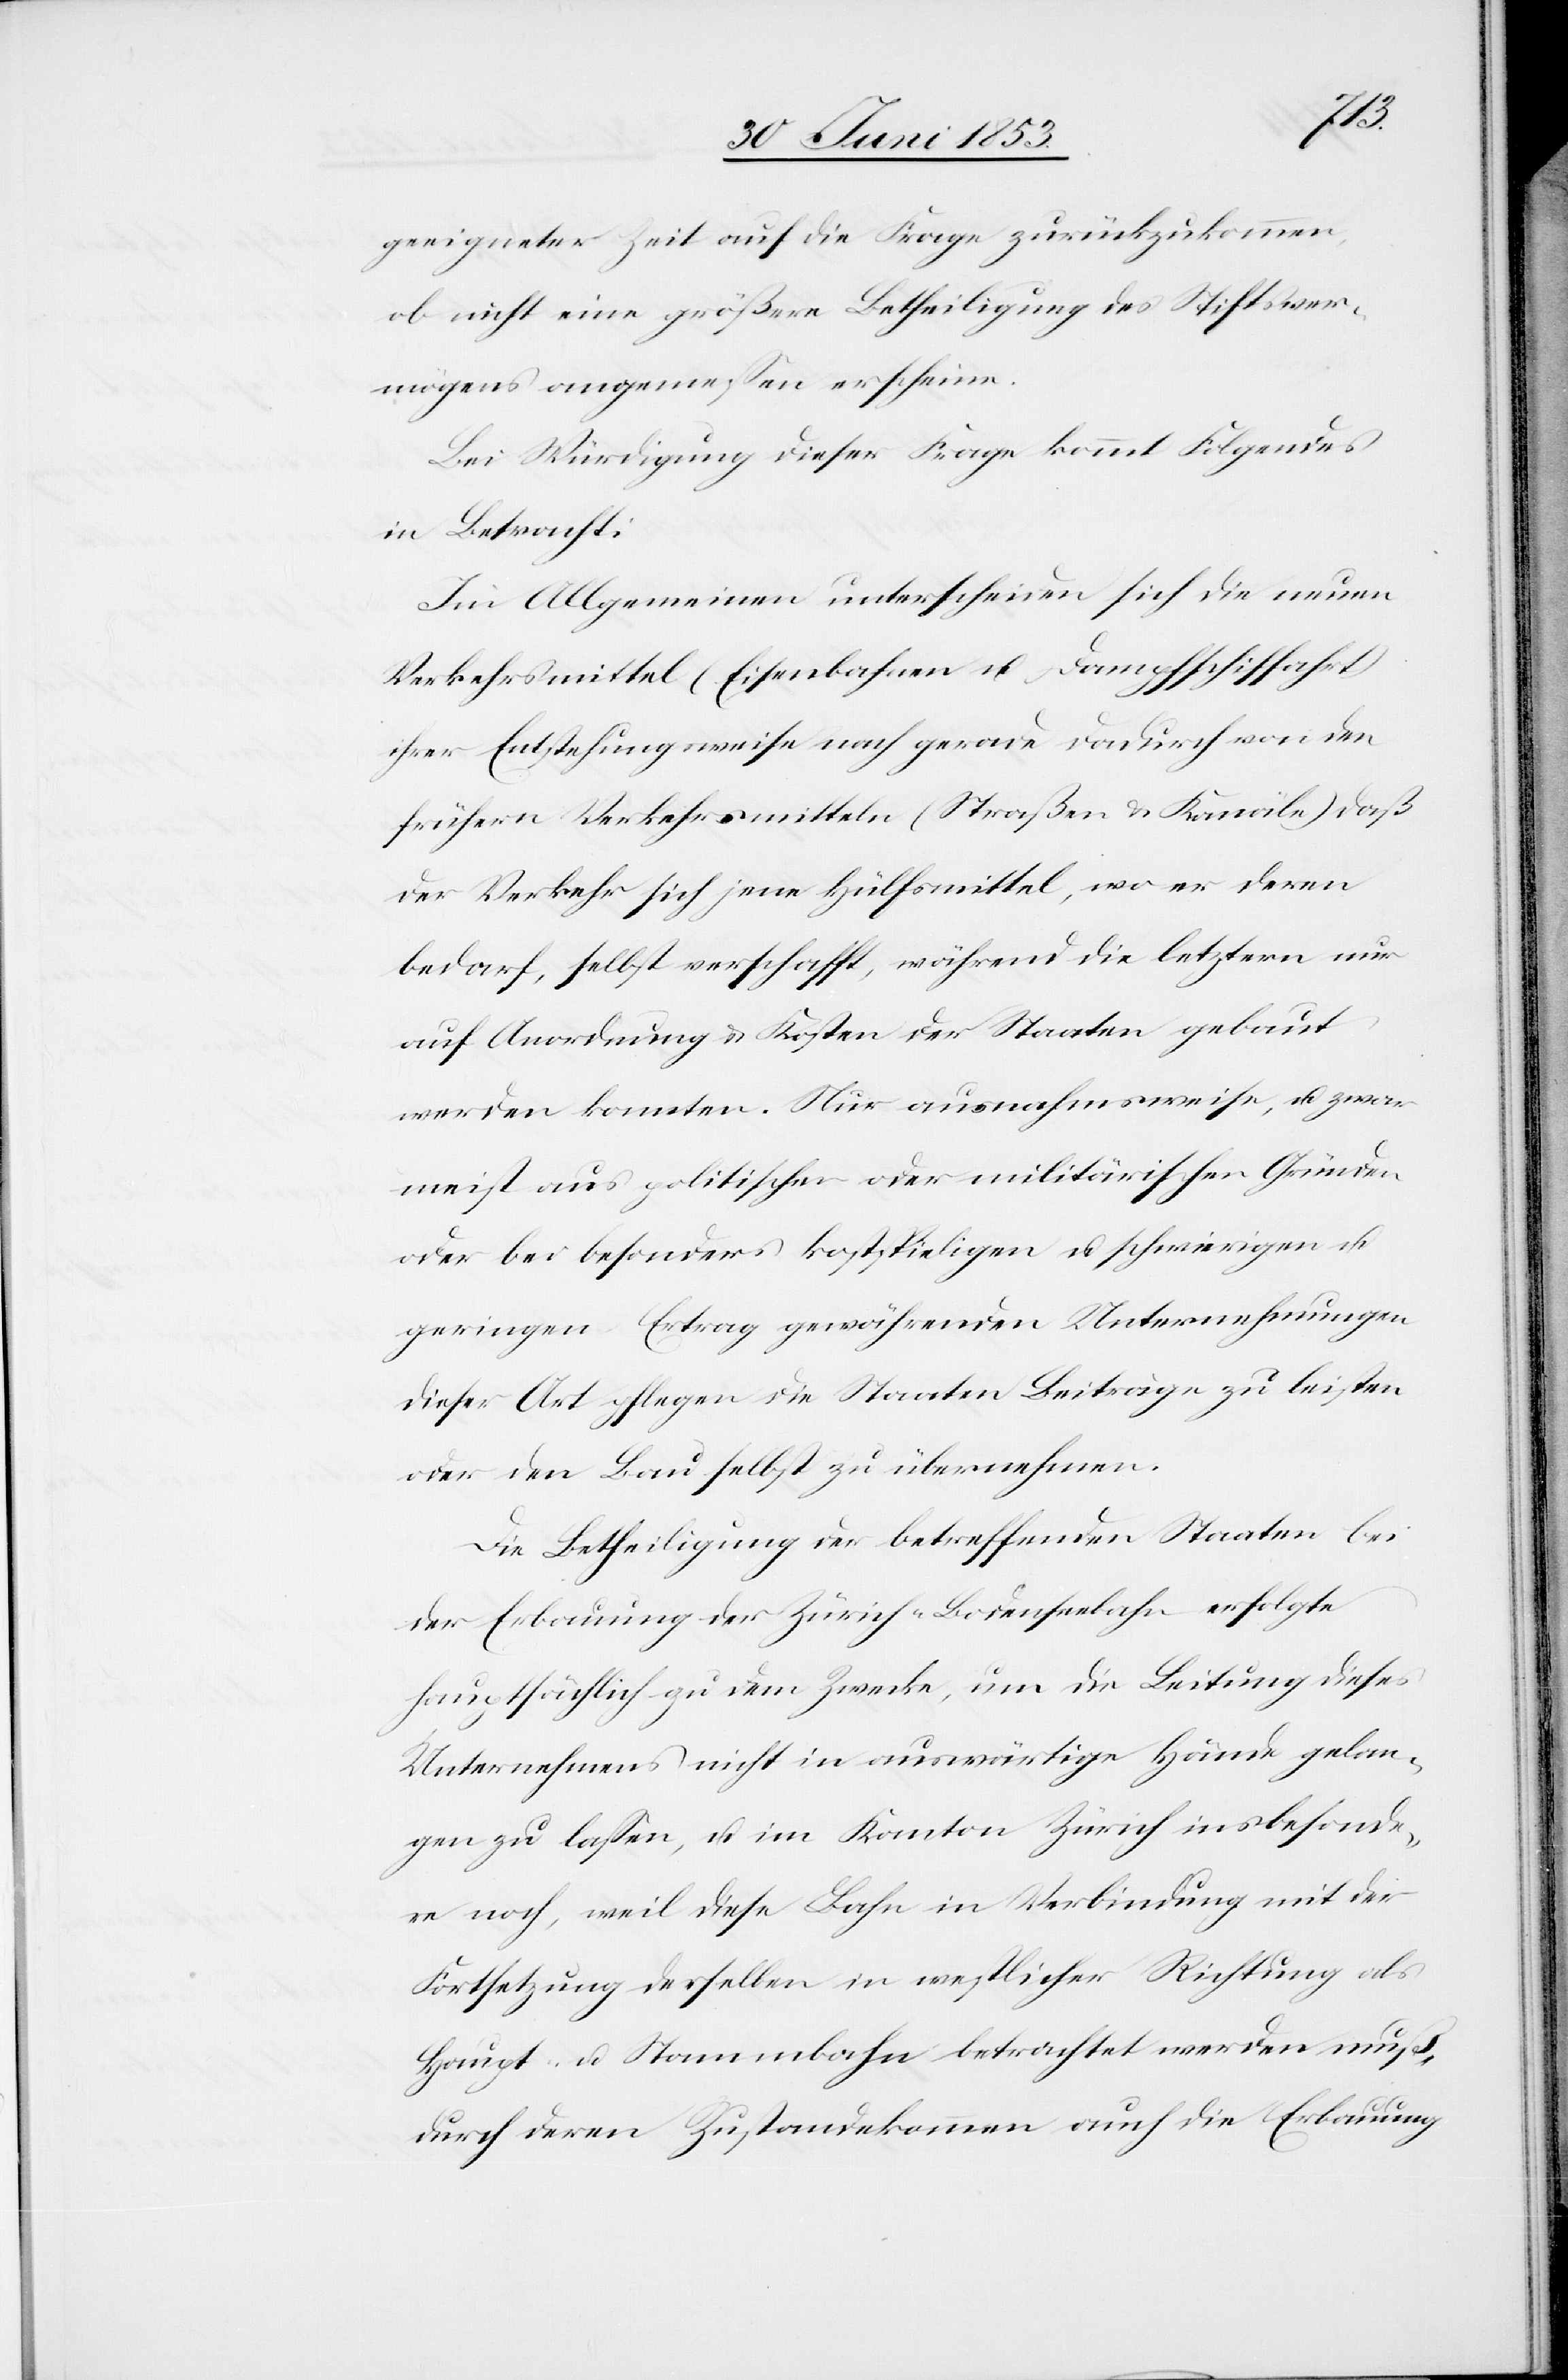
geeigneter Zeit auf die Frage zurückzukommen,
ob nicht eine größere Betheiligung des Stiftsver¬
mögens angemeßen erscheine.
Bei Würdigung dieser Frage kommt Folgendes
in Betracht:
Im Allgemeinen unterscheiden sich die neuen
Verkehrsmittel (Eisenbahnen u. Dampfschiffahrt)
ihrer Entstehung weise nach gerade dadurch von den
frühern Verkehrsmitteln (Straßen u. Kanäle) daß
der Verkehr sich jene Hülfsmittel, wo er deren
bedarf, selbst verschafft, während die letztern nur
auf Anordnung u. Kosten der Staaten gebaut
werden konnten. Nur ausnahmsweise, u. zwar
weil aus politischen oder militärischen Gründen
oder bei besonders kostspieligen u. schwierigen u.
geringen Ertrag gewährenden Unternehmungen
dieser Art pflegen die Staaten Beiträge zu leisten
oder den Bau selbst zu übernehmen.
Die Betheiligung der betreffenden Staaten bei
der Erbauung der Zürich-Bodenseebahn erfolgte
hauptsächlich zu dem Zwecke, um die Leitung dieses
Unternehmens nicht in auswärtige Hände gelan¬
gen zu laßen, u. im Kanton Zürich insbesonde¬
re noch, weil diese Bahn in Verbindung mit der
Fortsetzung derselben in westlicher Richtung als
Haupt- u. Stammbahn betrachtet werden muß,
durch deren Zustandekommen auch die Erbauung